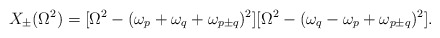
\begin{align*}X_{\pm}(\Omega^2)=[\Omega^2-(\omega_p+\omega_q+\omega_{p \pm q})^2][\Omega^2-(\omega_q-\omega_p+\omega_{p \pm q})^2].\end{align*}